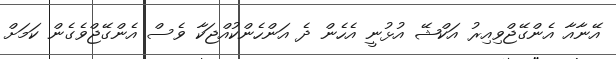
އޭނާއާ އެންގޭޖްވިއިރު އަކްޝޭ އުޅުނީ އެހެން ދެ އަންހެންކުއްޖަކާ ވެސް އެންގޭޖްވެގެން ކަމަށް